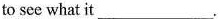
to see what it ___.